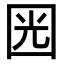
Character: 㘢